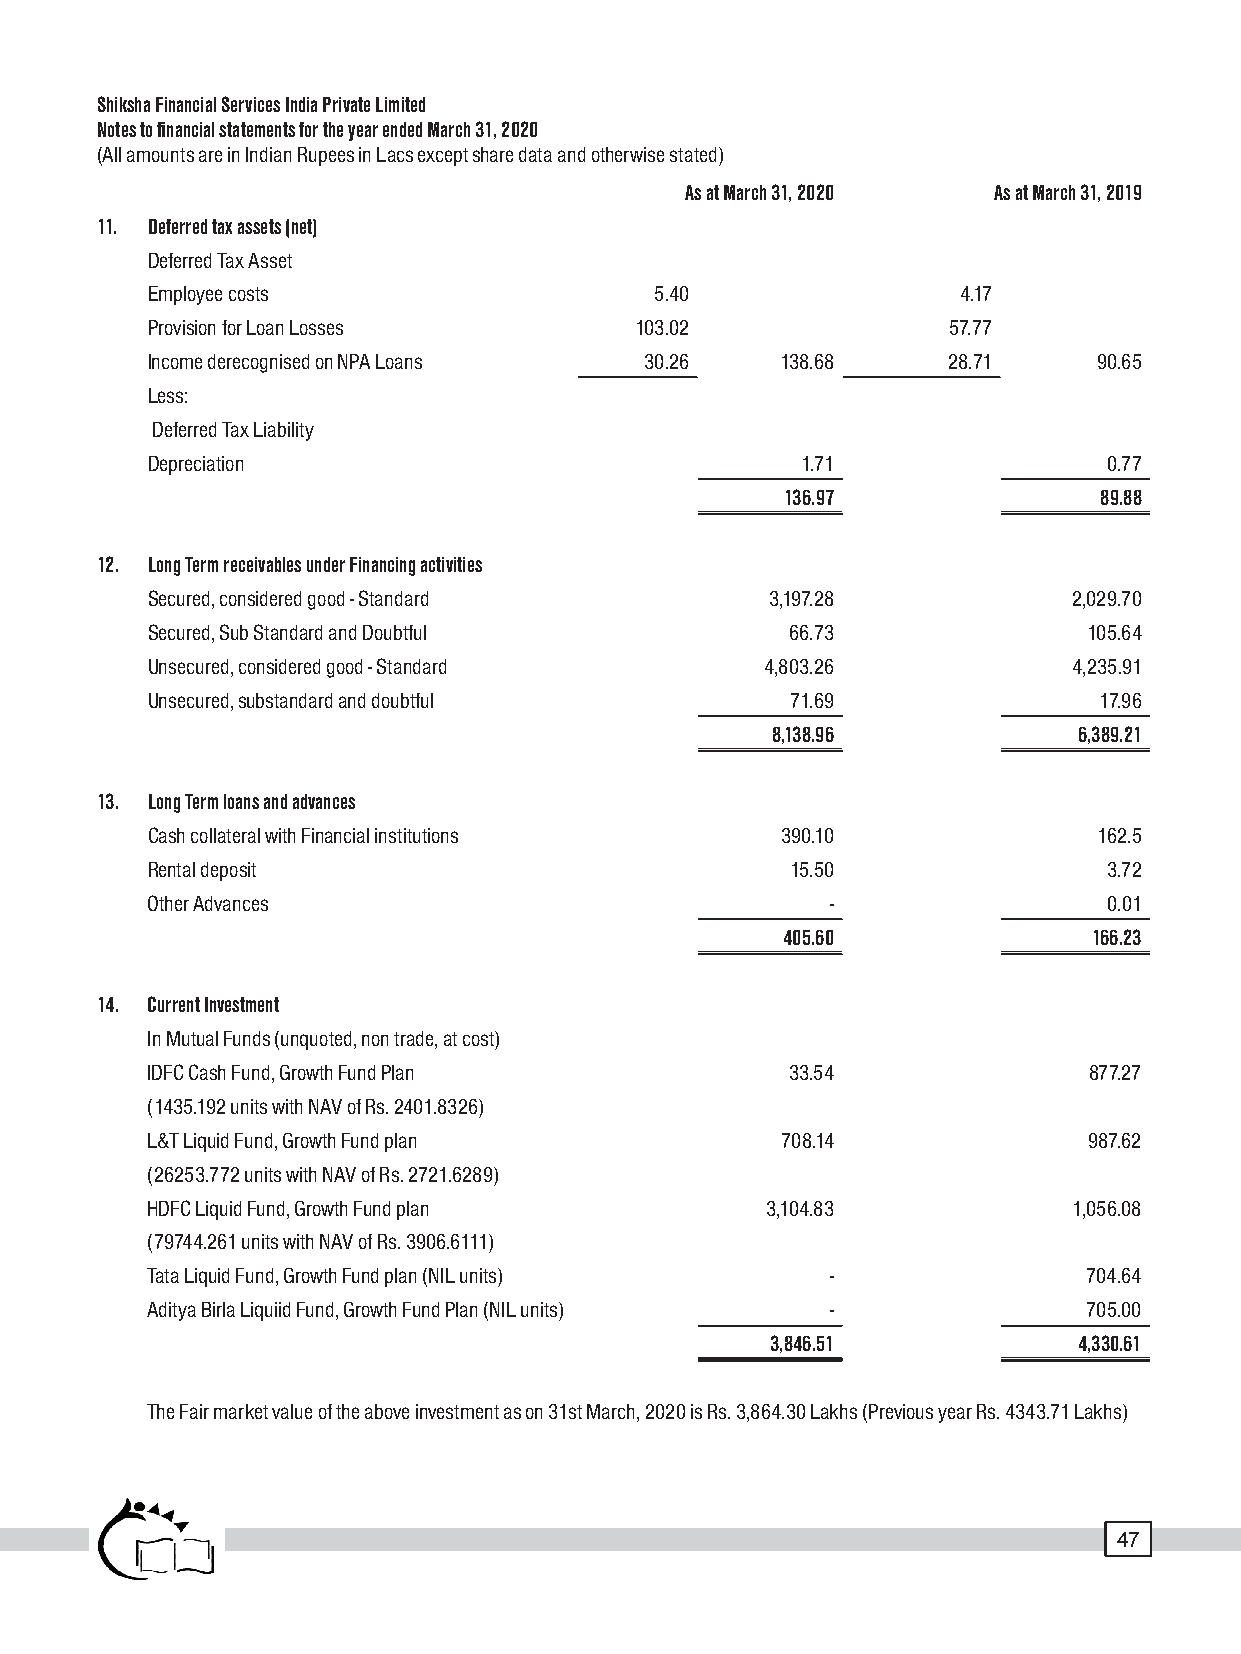
Shiksha Financial Services India Private Limited
 Notes to financial statements for the year ended March 31, 2020
 (All amounts are in Indian Rupees in Lacs except share data and otherwise stated)
 As at March 31, 2020 As at March 31, 2019
 11. Deferred tax assets (net)
 Deferred Tax Asset
 Employee costs                   5.40                 4.17
 Provision for Loan Losses       103.02               57.77
 Income derecognised on NPA Loans 30.26    138.68     28.71     90.65
 Less:
 Deferred Tax Liability
 Depreciation                               1.71                0.77
 136.97               89.88
 12. Long Term receivables under Financing activities
 Secured, considered good - Standard      3,197.28            2,029.70
 Secured, Sub Standard and Doubtful        66.73               105.64
 Unsecured, considered good - Standard    4,803.26            4,235.91
 Unsecured, substandard and doubtful       71.69                17.96
 8,138.96            6,389.21
 13. Long Term loans and advances
 Cash collateral with Financial institutions 390.10             162.5
 Rental deposit                            15.50                3.72
 Other Advances                               -                 0.01
 405.60              166.23
 14. Current Investment
 In Mutual Funds (unquoted, non trade, at cost)
 IDFC Cash Fund, Growth Fund Plan          33.54               877.27
 (1435.192 units with NAV of Rs. 2401.8326)
 L&T Liquid Fund, Growth Fund plan         708.14              987.62
 (26253.772 units with NAV of Rs. 2721.6289)
 HDFC Liquid Fund, Growth Fund plan       3,104.83            1,056.08
 (79744.261 units with NAV of Rs. 3906.6111)
 Tata Liquid Fund, Growth Fund plan (NIL units) -              704.64
 Aditya Birla Liquiid Fund, Growth Fund Plan (NIL units) -     705.00
 3,846.51            4,330.61
 The Fair market value of the above investment as on 31st March, 2020 is Rs. 3,864.30 Lakhs (Previous year Rs. 4343.71 Lakhs)
 47